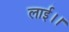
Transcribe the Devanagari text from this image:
लाई।।